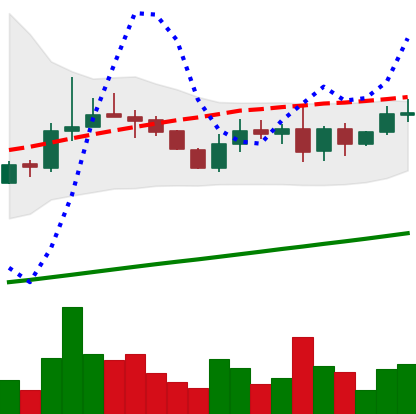
Ticker: LINK-USD
Chart end date: 2019-08-19
Forward return: -12.772%
Label: down_7plus